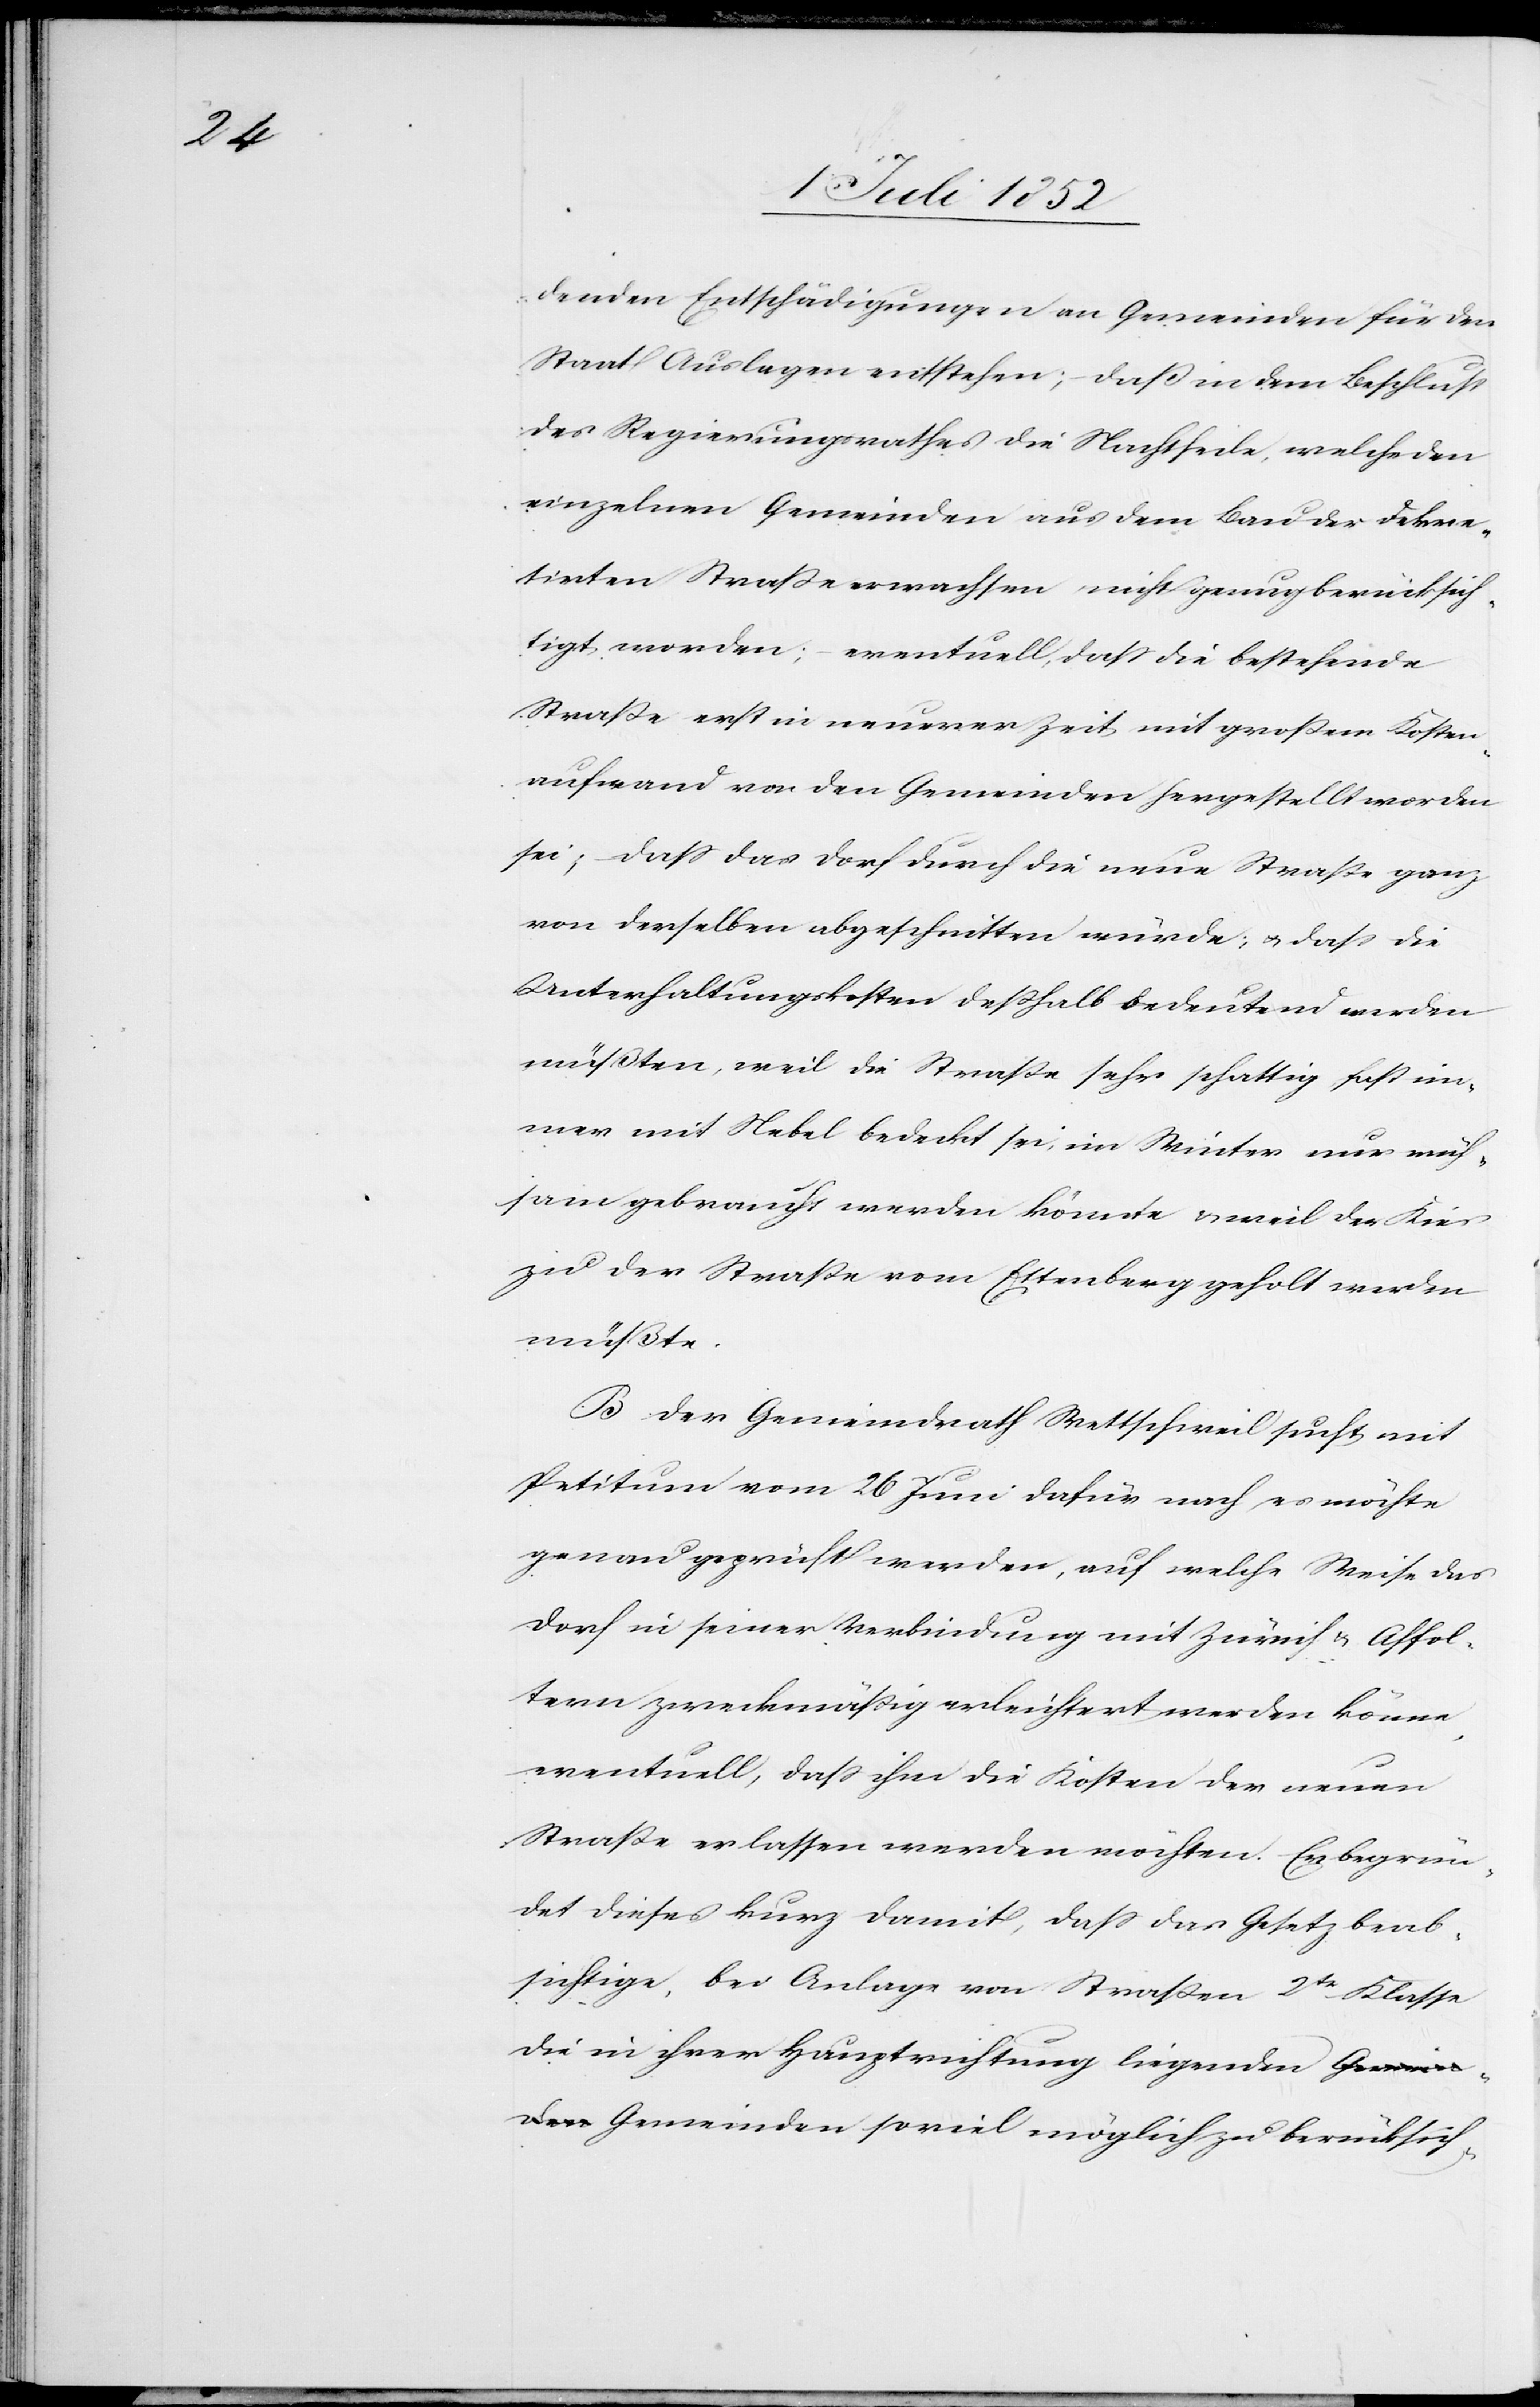
denden Entschädigungen an Gemeinden für den
Staat Auslagen entstehen; – daß in dem Beschluss
des Regierungsrathes die Nachtheile, welche den
einzelnen Gemeinden aus dem Bau der dekre¬
tirten Straße erwachsen nicht genug berücksich¬
tigt worden; – eventuell, dass die bestehende
Straße erst in neuerer Zeit mit großem Kosten¬
aufwand von den Gemeinden hergestellt worden
sei; – dass das Dorf durch die neue Straße ganz
von derselben abgeschnitten würde; & dass die
Unterhaltungskosten deßhalb bedeutend werden
müßten, weil die Straße sehr schattig fast im¬
mer mit Nebel bedeckt sei, im Winter nur müh¬
sam gebraucht werden könnte & weil der Kies
zu der Straße vom Ettenberg geholt werden
müßte.
B. Der Gemeindrath Wettschweil sucht mit
Petitum vom 26 Juni dafür nach es möchte
genau geprüft werden, auf welche Weise das
Dorf in seiner Verbindung mit Zürich & Affol¬
tern zweckmäßig erleichtert werden könne,
eventuell, dass ihm die Kosten der neuen
Straße erlassen werden möchten. Er begrün¬
det dieses kurz damit, dass das Gesetz beab¬
sichtige, bei Anlage von Straßen 2tr Klasse
die in ihrer Hauptrichtung liegenden Gemeinden